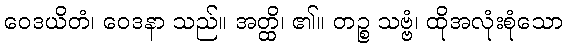
ဝေဒယိတံ၊ ဝေဒနာ သည်။ အတ္ထိ၊ ၏။ တဉ္စ သဗ္ဗံ၊ ထိုအလုံးစုံသော